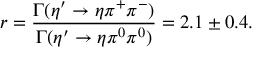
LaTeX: r = \frac { \Gamma ( \eta ^ { \prime } \rightarrow \eta \pi ^ { + } \pi ^ { - } ) } { \Gamma ( \eta ^ { \prime } \rightarrow \eta \pi ^ { 0 } \pi ^ { 0 } ) } = 2 . 1 \pm 0 . 4 .